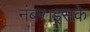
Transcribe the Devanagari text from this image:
नंबर।इसके